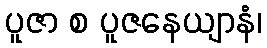
ပူဇာ စ ပူဇနေယျာနံ၊